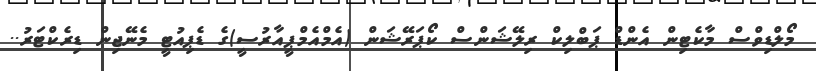
މޯލްޑިވްސް މާކެޓިން އެންޑް ޕަބްލިކް ރިލޭޝަންސް ކޯޕަރޭޝަން (އެމްއެމްޕީއާރުސީ)ގެ ޑެޕިއުޓީ މެނޭޖިން ޑިރެކްޓަރު..